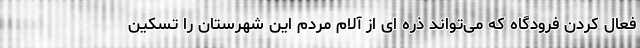
فعال کردن فرودگاه که می‌تواند ذره ای از آلام مردم این شهرستان را تسکین